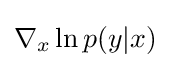
\nabla _{x}\ln p(y|x)